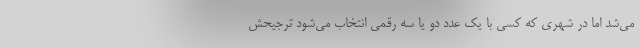
می‌شد اما در شهری که کسی با یک عدد دو یا سه رقمی انتخاب می‌شود ترجیحش